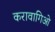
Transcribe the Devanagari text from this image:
करावागिओ